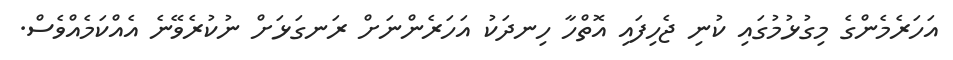
އަހަރެމެންގެ މިގުޅުމުގައި ކުނި ޖެހިފައި އޮތްހާ ހިނދަކު އަހަރެންނަށް ރަނގަޅަށް ނުކުރެވޭނެ އެއްކަމެއްވެސް.